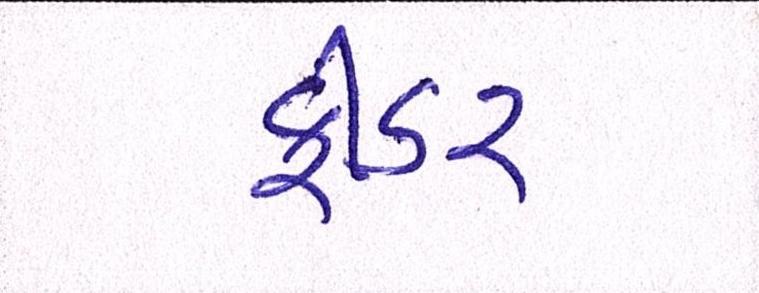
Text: ફીડર